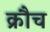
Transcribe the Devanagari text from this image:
क्रौच